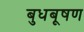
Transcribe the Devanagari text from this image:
बुधबूषण